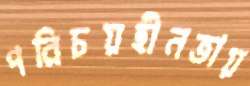
পরিচয়হীনতায়